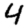
Digit: 4